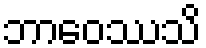
ဘာဝေဿသိ